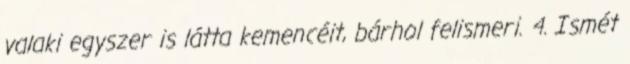
valaki egyszer is látta kemencéit, bárhol felismeri. 4. Ismét